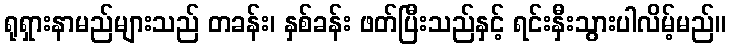
ရုရှားနာမည်များသည် တခန်း၊ နှစ်ခန်း ဖတ်ပြီးသည်နှင့် ရင်းနှီးသွားပါလိမ့်မည်။